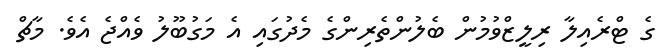
ގެ ޓްރެއިލާ ރިލީޒްވުމުން ބެލުންތެރިންގެ މެދުގައި އެ މަގުބޫލު ވެއްޖެ އެވެ. މާޗް